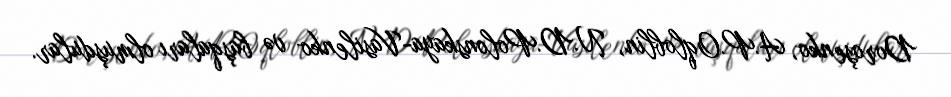
Doroşenko, A.P.Oqloblin, N.D.Polonskaya-Vasilenko və başqaları olmuşdular.